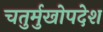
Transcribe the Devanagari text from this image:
चतुर्मुखोपदेश